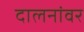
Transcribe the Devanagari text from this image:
दालनांवर